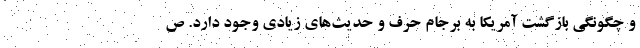
و چگونگی بازگشت آمریکا به برجام حرف و حدیث‌های زیادی وجود دارد. ص